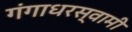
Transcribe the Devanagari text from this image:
गंगाधरस्वामी